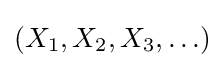
(X_{1},X_{2},X_{3},\ldots )